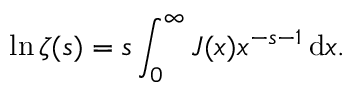
\ln \zeta ( s ) = s \int _ { 0 } ^ { \infty } J ( x ) x ^ { - s - 1 } \, \mathrm { d } x .